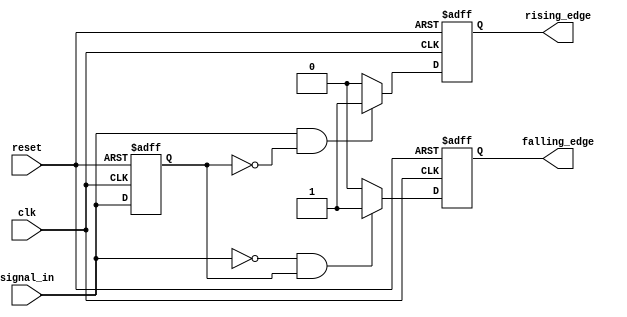
module dual_edge_detector (
    input wire clk,              // Clock signal
    input wire reset,            // Asynchronous reset
    input wire signal_in,        // Input signal
    output reg rising_edge,      // Output signal for rising edge detection
    output reg falling_edge      // Output signal for falling edge detection
);

    reg signal_in_prev;          // Memory block to store previous state of signal_in

    // Edge detection logic
    always @(posedge clk or posedge reset) begin
        if (reset) begin
            // On reset, clear the output and initialize previous state
            rising_edge <= 0;
            falling_edge <= 0;
            signal_in_prev <= 0;
        end else begin
            // Detect rising edge
            rising_edge <= (signal_in == 1'b1 && signal_in_prev == 1'b0) ? 1'b1 : 1'b0;
            // Detect falling edge
            falling_edge <= (signal_in == 1'b0 && signal_in_prev == 1'b1) ? 1'b1 : 1'b0;
            // Update previous state
            signal_in_prev <= signal_in;
        end
    end

endmodule